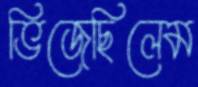
ভিজেছিলেম